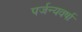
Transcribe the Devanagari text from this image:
पर्जन्यवर्षा